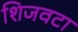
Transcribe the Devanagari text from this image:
शिजवटा